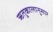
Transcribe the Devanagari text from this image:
ऋतुकालानुसार